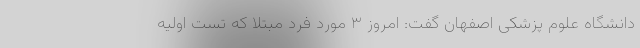
دانشگاه علوم پزشکی اصفهان گفت: امروز ۳ مورد فرد مبتلا که تست اولیه